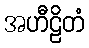
အဟီဠိတံ